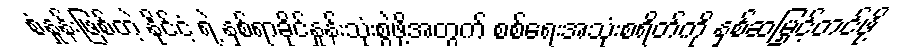
စံနှုန်းဖြစ်တဲ့ နိုင်ငံ့ ရဲ့ နှစ်ရာခိုင်နှုန်းသုံးစွဲဖို့အတွက် စစ်ရေးအသုံးစရိတ်ကို နှစ်ဆမြှင့်တင်ဖို့